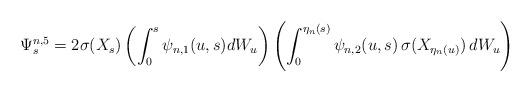
LaTeX: \begin{align*} \Psi^{n,5}_s = 2\sigma(X_s) \left( \int_0^s \psi_{n,1}(u,s) dW_u \right) \left(\int^{\eta_n(s)}_0 \psi_{n,2}(u,s)\, \sigma(X_{\eta_n(u)})\, dW_u \right) \end{align*}